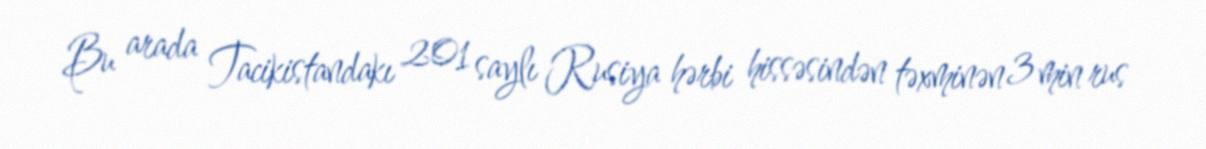
Bu arada Tacikistandakı 201 saylı Rusiya hərbi hissəsindən təxminən 3 min rus